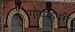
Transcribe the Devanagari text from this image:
गोपकपुरी